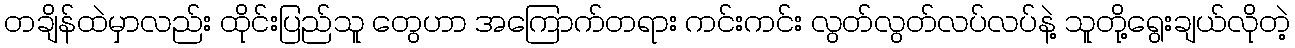
တချိန်ထဲမှာလည်း ထိုင်းပြည်သူ တွေဟာ အကြောက်တရား ကင်းကင်း လွတ်လွတ်လပ်လပ်နဲ့ သူတို့ရွေးချယ်လိုတဲ့